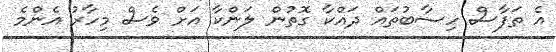
އެ ތަފާސް ހިސާބުތައް ދައްކާ ގޮތުން ލަންކާ އަށް ވެސް މިހާރު އެންމެ